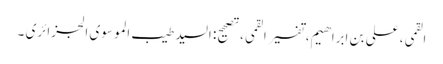
القمی، علی بن ابراهیم، تفسیر القمی، تصحیح: السید طیب الموسوی الجزائری ۔